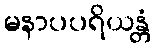
မနာပပရိယန္တံ